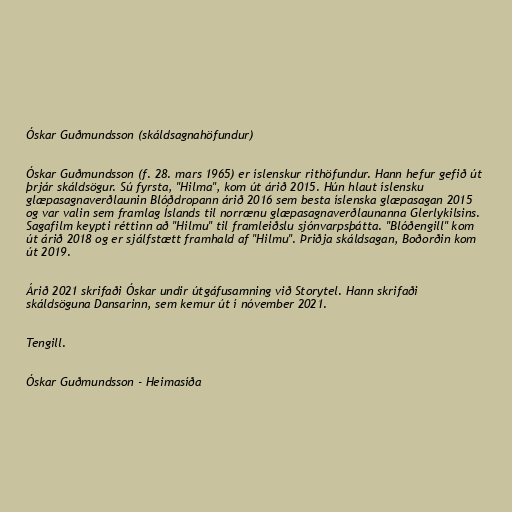
Óskar Guðmundsson (skáldsagnahöfundur)

Óskar Guðmundsson (f. 28. mars 1965) er íslenskur rithöfundur. Hann hefur gefið út
þrjár skáldsögur. Sú fyrsta, "Hilma", kom út árið 2015. Hún hlaut íslensku
glæpasagnaverðlaunin Blóðdropann árið 2016 sem besta íslenska glæpasagan 2015
og var valin sem framlag Íslands til norrænu glæpasagnaverðlaunanna Glerlykilsins.
Sagafilm keypti réttinn að "Hilmu" til framleiðslu sjónvarpsþátta. "Blóðengill" kom
út árið 2018 og er sjálfstætt framhald af "Hilmu". Þriðja skáldsagan, Boðorðin kom
út 2019.

Árið 2021 skrifaði Óskar undir útgáfusamning við Storytel. Hann skrifaði
skáldsöguna Dansarinn, sem kemur út í nóvember 2021.

Tengill.

Óskar Guðmundsson - Heimasíða